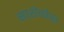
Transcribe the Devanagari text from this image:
सारोकोका